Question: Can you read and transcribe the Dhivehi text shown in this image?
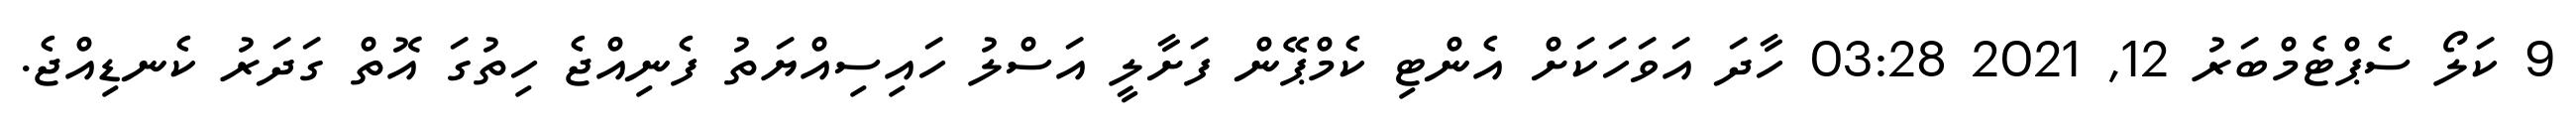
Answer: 9 ކަލޯ ސެޕްޓެމްބަރު 12, 2021 03:28 ހާދަ އަވަހަކަށް އެންޓި ކެމްޕޭން ފަށާލީ އަސްލު ހައިސިއްޔަތު ފެނިއްޖެ ހިތުގަ އޮތް ގަދަރު ކެނޑިއްޖެ.